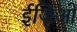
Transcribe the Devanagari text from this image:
ईजिओ